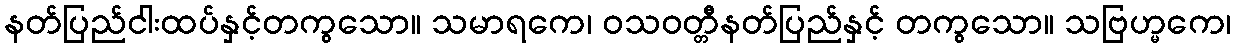
နတ်ပြည်ငါးထပ်နှင့်တကွသော။ သမာရကေ၊ ဝသဝတ္တီနတ်ပြည်နှင့် တကွသော။ သဗြဟ္မကေ၊